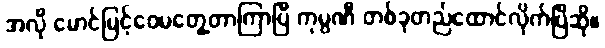
အလို မောင်မြင့်ဝေမတွေ့တာကြာပြီ ကုမ္ပဏီ တစ်ခုတည်ထောင်လိုက်ပြီဆို။